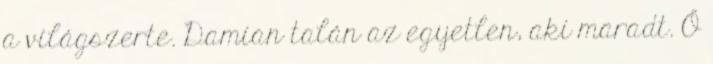
a világszerte. Damian talán az egyetlen, aki maradt. Ő